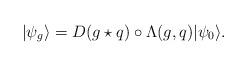
LaTeX: \begin{align*}|\psi_g\rangle = D(g\star q)\circ\Lambda(g,q)|\psi_0\rangle.\end{align*}